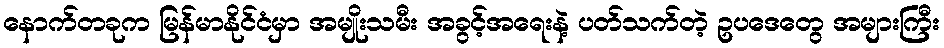
နောက်တခုက မြန်မာနိုင်ငံမှာ အမျိုးသမီး အခွင့်အရေးနဲ့ ပတ်သက်တဲ့ ဥပဒေတွေ အများကြီး